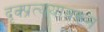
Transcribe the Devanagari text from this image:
दृक्प्रत्ययावरून